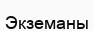
Экземаны